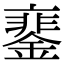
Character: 䥆